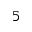
_ 5